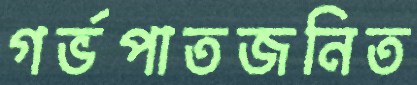
গর্ভপাতজনিত